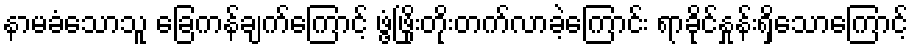
နာမခံသောသူ ခြေကန်ချက်ကြောင့် ဖွံ့ဖြိုးတိုးတက်လာခဲ့ကြောင်း ရာခိုင်နှုန်းရှိသောကြောင့်